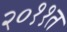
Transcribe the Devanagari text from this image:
२०११त